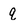
Character: q